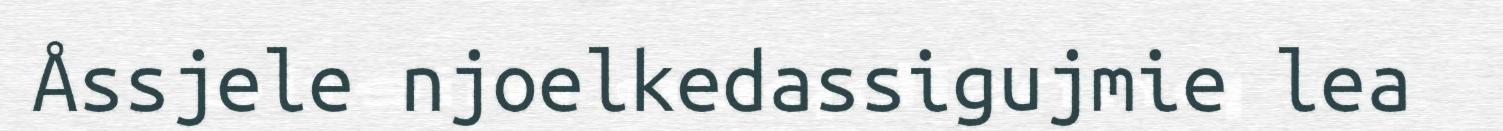
Åssjele njoelkedassigujmie lea